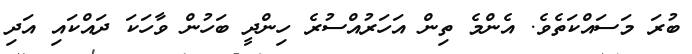
ބުރަ މަސައްކަތެވެ. އެންމެ ތިން އަހަރުއްސުރެ ހިންދީ ބަހުން ވާހަކަ ދައްކައި އަދި